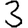
Digit: 3